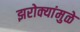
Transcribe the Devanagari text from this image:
झरोक्यांमुळे